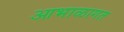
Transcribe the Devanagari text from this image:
आभाळागत